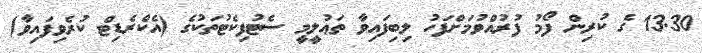
13.30 ގެ ކުރިން ފޯމު ފުރުއްވުމަށްފަހު ލިބިފައިވާ ތަޢުލީމީ ސެޓުފިކެޓުތަކުގެ (އެކްރެޑިޓް ކުރެވިފައިވާ)